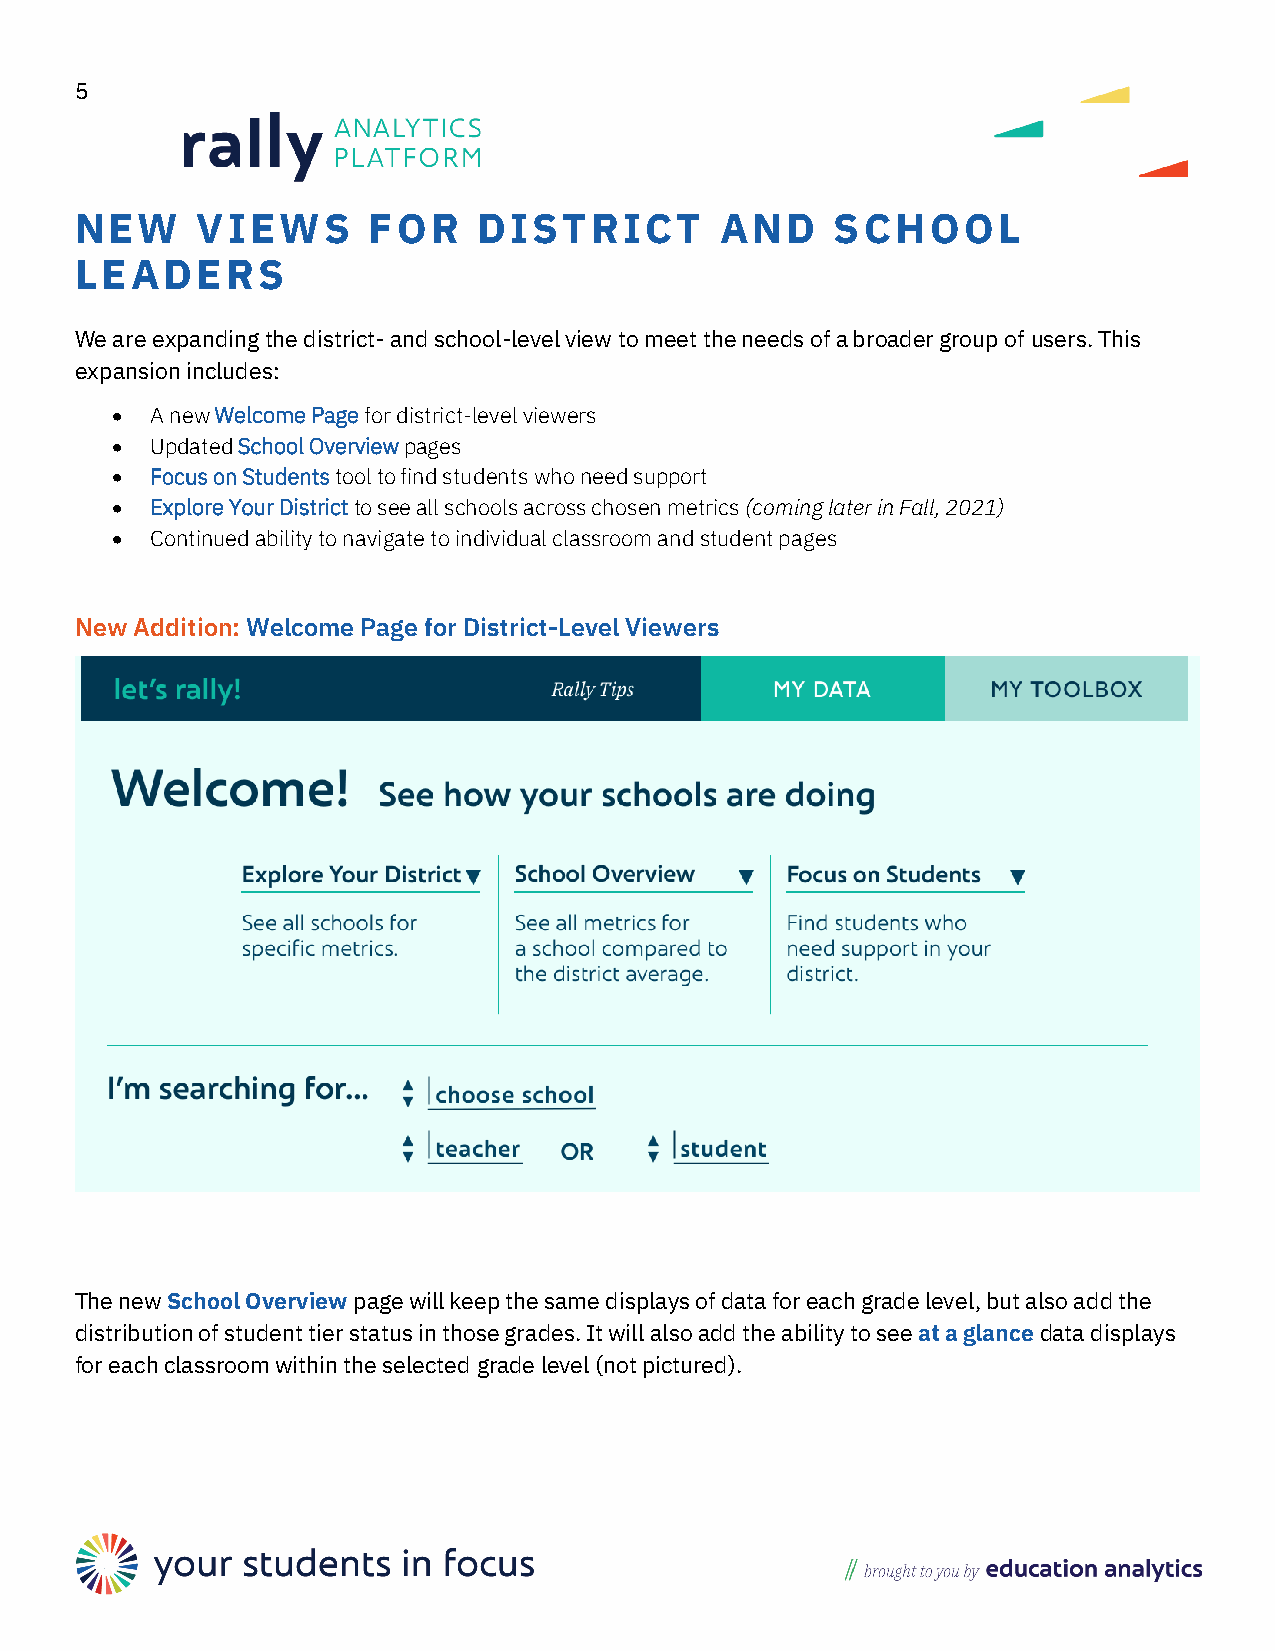
5
 NEW     VIEWS      FOR     DISTRICT        AND    SCHOOL
 LEADERS
 We are expanding the district- and school-level view to meet the needs of a broader group of users. This
 expansion includes:
 •  A new Welcome Page for district-level viewers
 •  Updated School Overview pages
 •  Focus on Students tool to find students who need support
 •  Explore Your District to see all schools across chosen metrics (coming later in Fall, 2021)
 •  Continued ability to navigate to individual classroom and student pages
 New Addition: Welcome Page for District-Level Viewers
 The new School Overview page will keep the same displays of data for each grade level, but also add the
 distribution of student tier status in those grades. It will also add the ability to see at a glance data displays
 for each classroom within the selected grade level (not pictured).